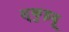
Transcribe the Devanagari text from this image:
स्कुइदू